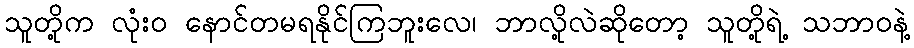
သူတို့က လုံးဝ နောင်တမရနိုင်ကြဘူးလေ၊ ဘာလို့လဲဆိုတော့ သူတို့ရဲ့ သဘာဝနဲ့